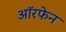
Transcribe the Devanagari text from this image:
ऑरफेन